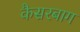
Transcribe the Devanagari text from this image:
कैसरबाग